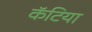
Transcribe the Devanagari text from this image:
कॅटिया